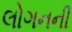
લોગનની